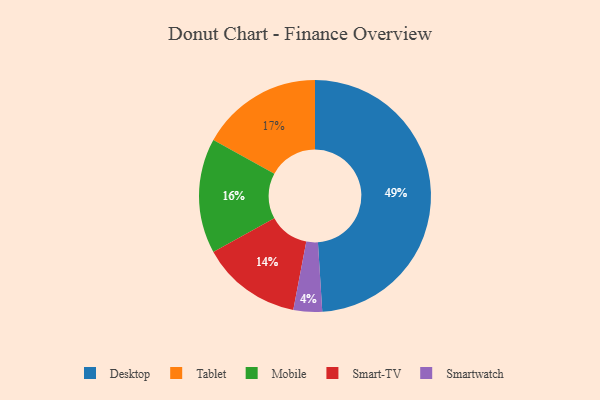
{"axis": {"x": "Category", "y": "Percentage"}, "legend": ["Desktop", "Mobile", "Smart-TV", "Smartwatch", "Tablet"], "data": [{"x": "Desktop", "y": 49, "type": "Desktop"}, {"x": "Smartwatch", "y": 4, "type": "Smartwatch"}, {"x": "Tablet", "y": 17, "type": "Tablet"}, {"x": "Smart-TV", "y": 14, "type": "Smart-TV"}, {"x": "Mobile", "y": 16, "type": "Mobile"}]}